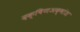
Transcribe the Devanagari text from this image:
दक्षिणअक्षांश